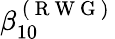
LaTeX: \beta_{10}^{\mathrm{~(~R~W~G~)~}}